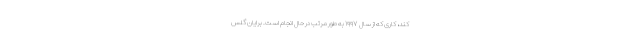
کند، کاری که از سال ۱۹۹۷ به طور مرتب در حال انجام است. برایان گلس